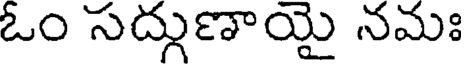
ఓం సద్గుణాయై నమః